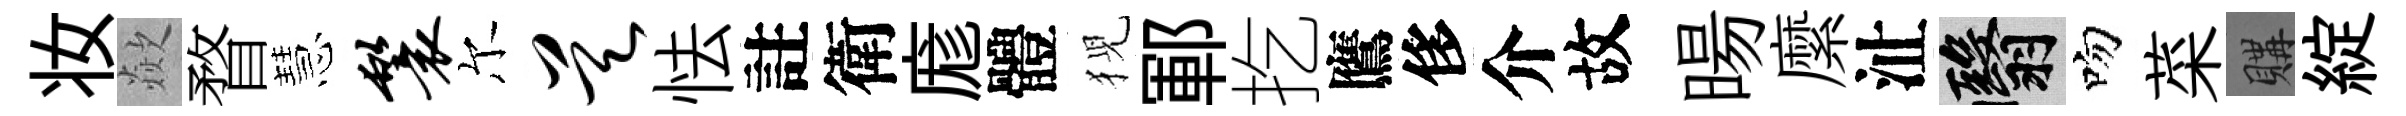
妆歘瞀慧鬟尔昊怯註衛庬體猊鄆扢鷹侈介故暘縻沚翳吻菜購綻